Scottish Certificate of Education, 1963
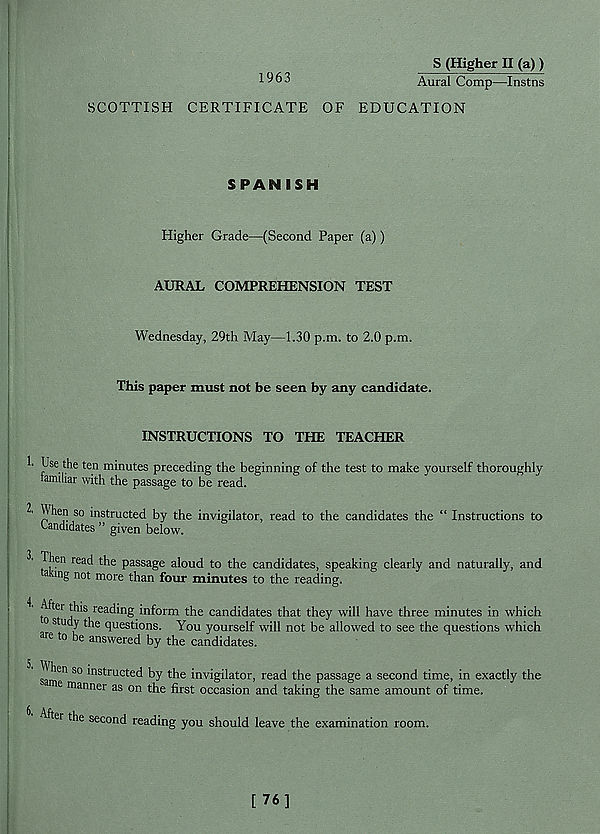
1963
S (Higher II (a) )
Aural Comp—Instns
SCOTTISH CERTIFICATE OF EDUCATION
SPANISH
Higher Grade—(Second Paper (a))
AURAL COMPREHENSION TEST
Wednesday, 29th May—1.30 p.m. to 2.0 p.m.
This paper must not be seen by any candidate.
INSTRUCTIONS TO THE TEACHER
h Use the ten minutes preceding the beginning of the test to make yourself thoroughly
tamiliar with the passage to be read.
^en so instructed by the invigilator, read to the candidates the “ Instructions to
Uandidates ” given below.
3' Then read the passage aloud to the candidates, speaking clearly and naturally, and
a mg not more than four minutes to the reading.
f^e i
reac h n S i n f orm the candidates that they will have three minutes in which
o study the questions. You yourself will not be allowed to see the questions which
re to be answered by the candidates.
5. When so instructed by the invigilator, read the passage a second time, in exactly the
me manner as on the first occasion and taking the same amount of time.
6. After the second reading you should leave the examination room.
[ 76]